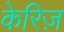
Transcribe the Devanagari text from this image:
केरिज़